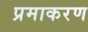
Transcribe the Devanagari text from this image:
प्रमाकरण